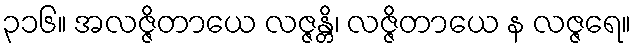
၃၁၆။ အလဇ္ဇိတာယေ လဇ္ဇန္တိ၊ လဇ္ဇိတာယေ န လဇ္ဇရေ။